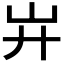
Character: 𢌲